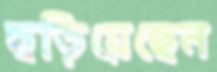
ছড়িয়েছেন